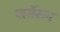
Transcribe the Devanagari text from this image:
पार्मेसन